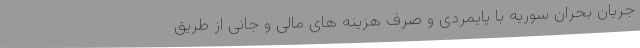
جریان بحران سوریه با پایمردی و صرف هزینه های مالی و جانی از طریق